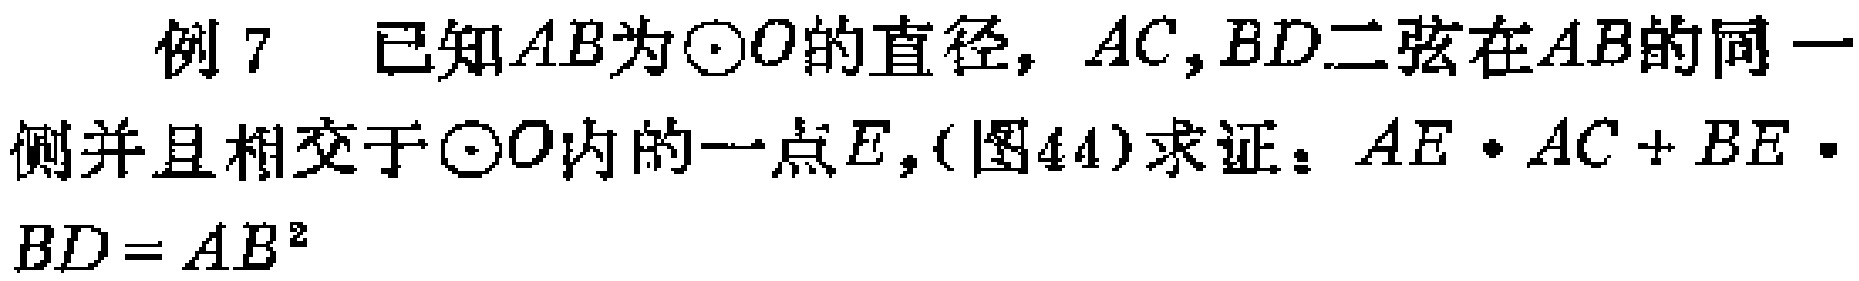
例 7 已知\(AB\)为\(\odot O\)的直径，\(AC,BD\)二弦在\(AB\)的同一侧并且相交于\(\odot O\)内的一点\(E\)，(图44)求证：\(AE\cdot AC + BE\cdot BD = AB^{2}\)